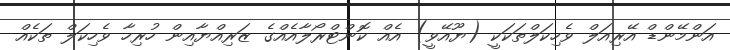
އަންމޭންޑް އޭރިއަލް ވެހިކަލްތަކަކީ (ޔޫއޭވީ) އެއް ކޮންޓްރޯލާއެއްގެ ޒަރިއްޔާއިން ހުރިހާ ވެހިކަލް ތަކެއް